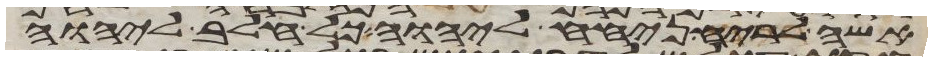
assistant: אשה לריח ניחח ליהוה כל חלב ליהוה